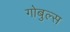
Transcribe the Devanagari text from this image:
गोबुल्स